65_HS1-834228961_62-HQ-83894_Section_9
Agency: FBI
Page 77
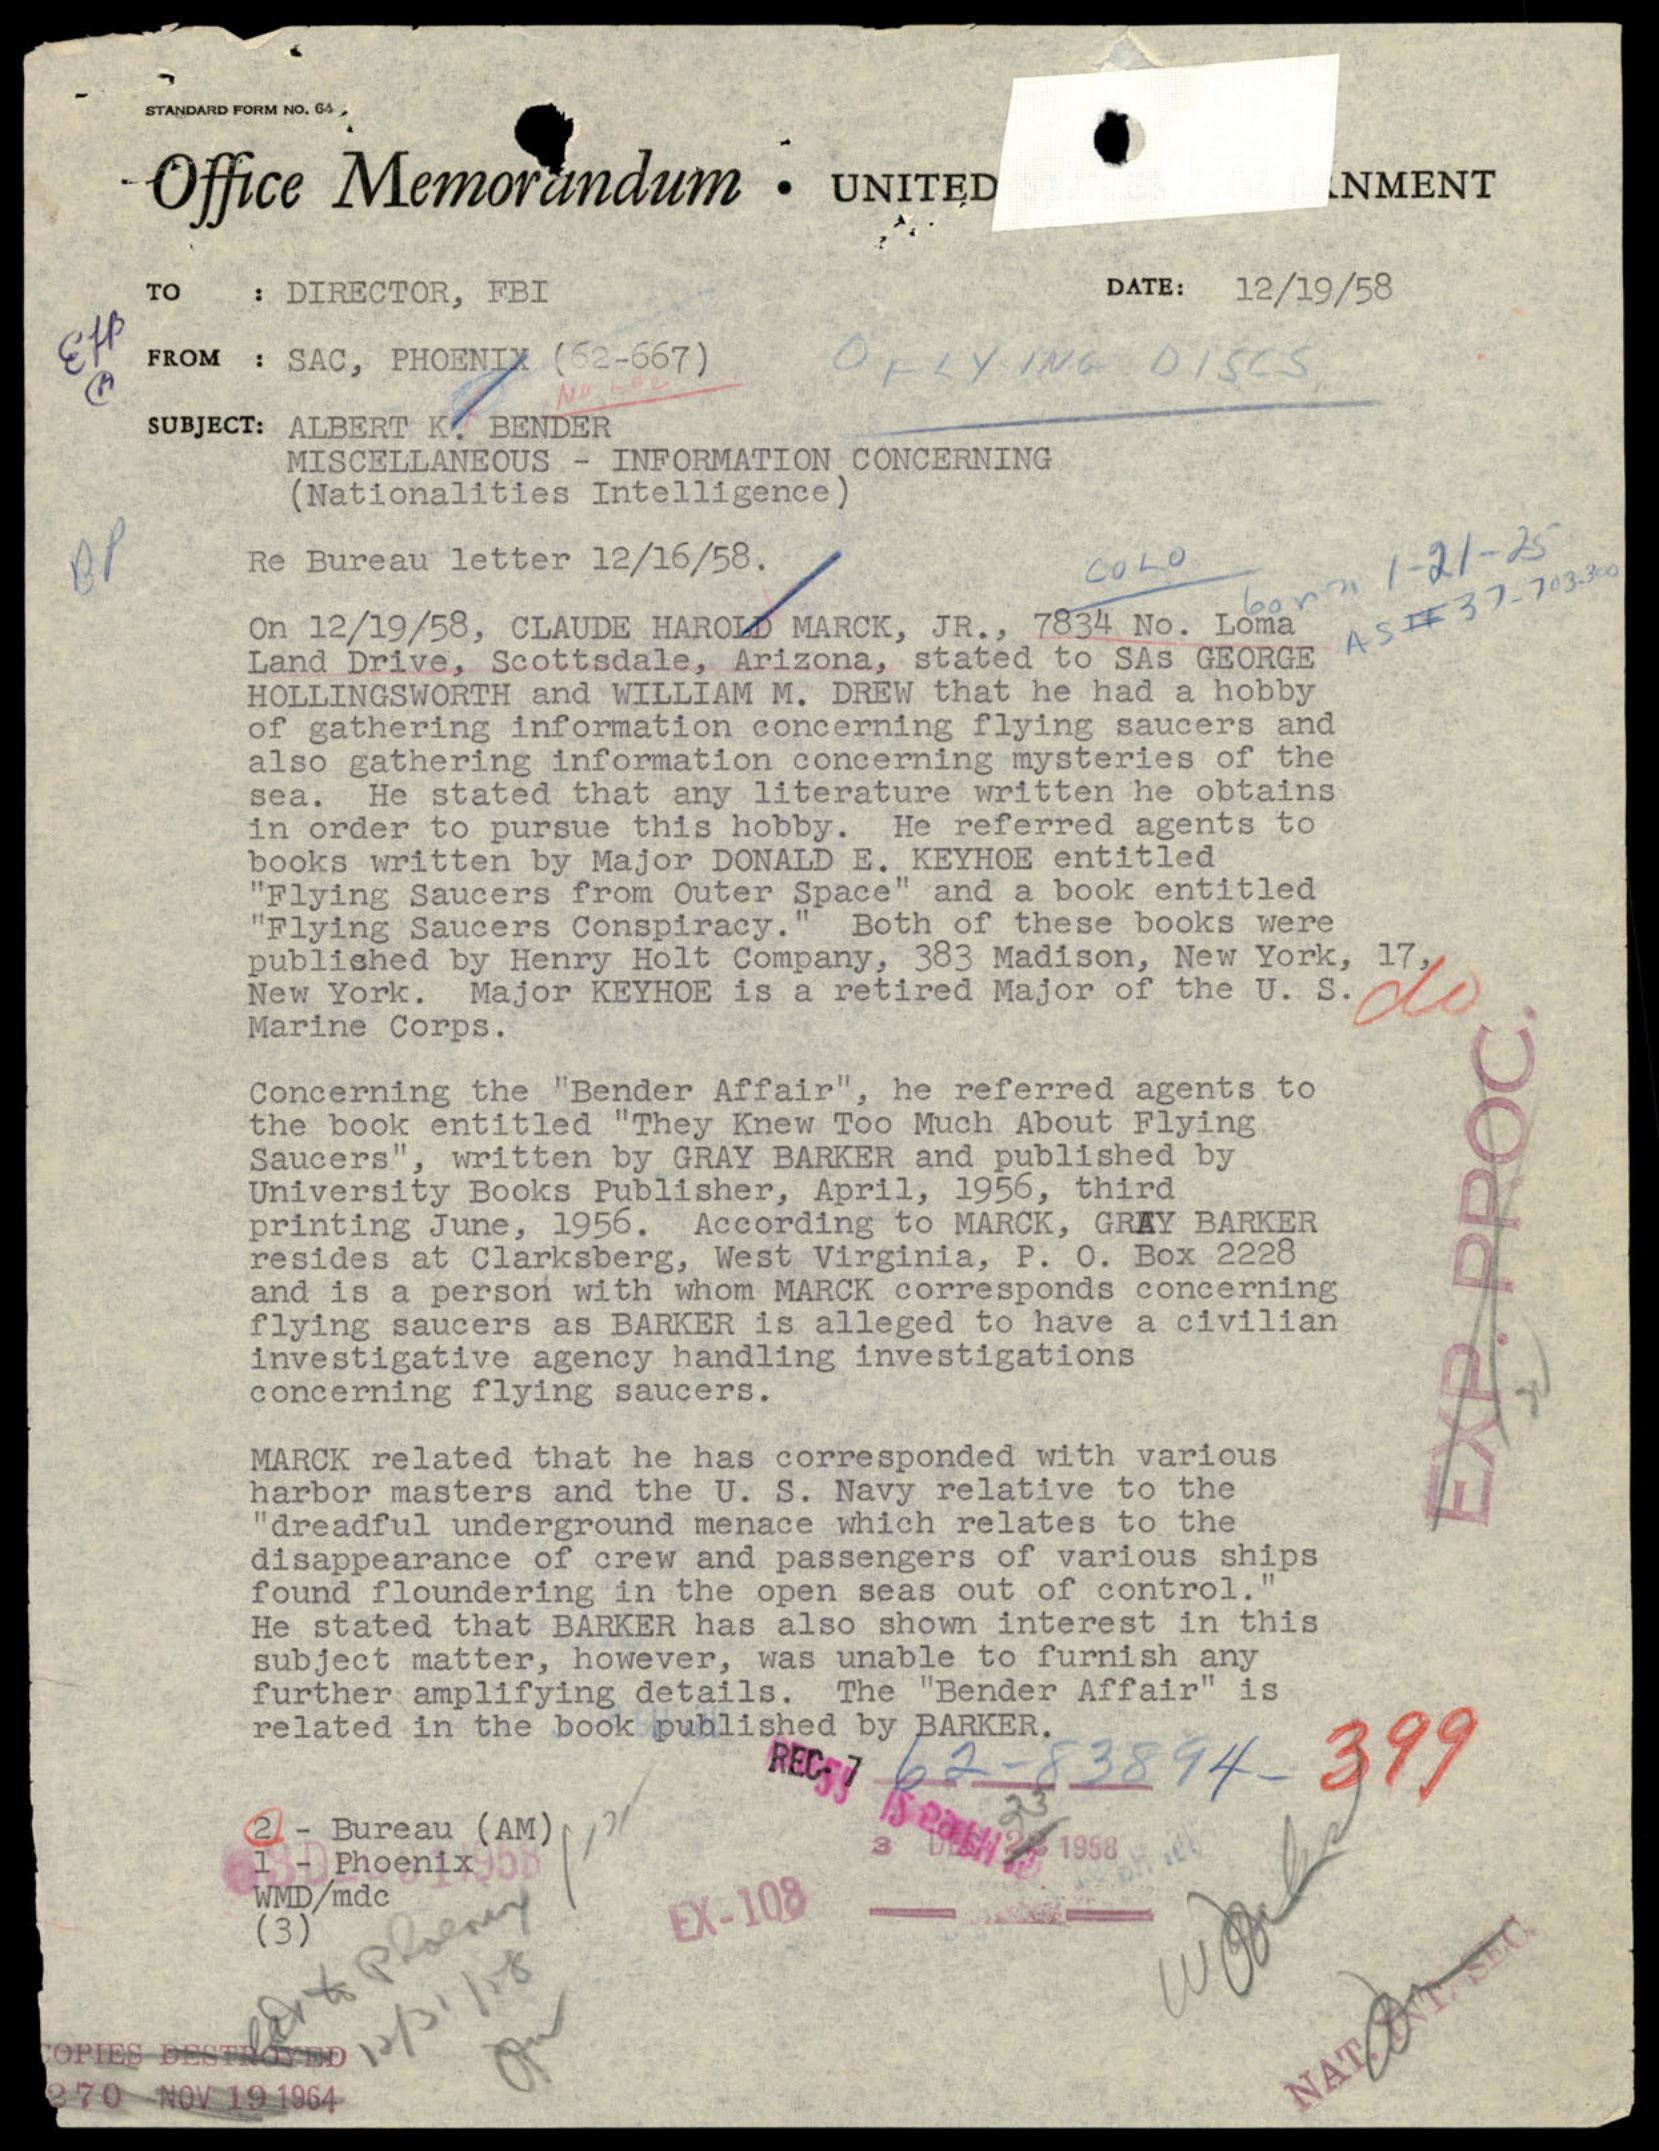